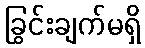
ခြွင်းချက်မရှိ